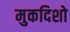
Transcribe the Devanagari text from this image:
मुकदिशो